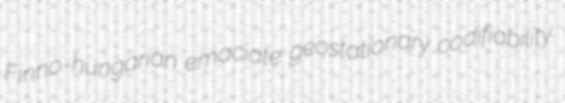
Finno-hungarian emaciate geostationary codifiability